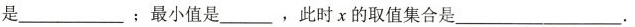
是_________；最小值是_________，此时x的取值集合是_________.